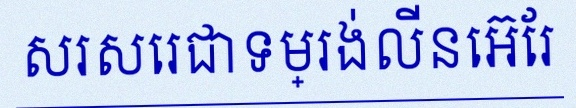
សរសេរជាទម្រង់លីនេអ៊ែរ